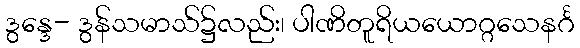
ဒွန္ဒေ- ဒွန်သမာသ်၌လည်း၊ ပါဏိတူရိယယောဂ္ဂသေနင်္ဂ